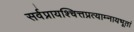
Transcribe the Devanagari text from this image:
सर्वप्रायश्चित्तप्रत्याम्नायभूतां